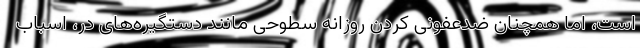
است، اما همچنان ضدعفونی کردن روزانه سطوحی مانند دستگیره‌های در، اسباب